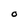
Character: O